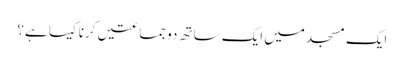
ایک مسجد میں ایک ساتھ دو جماعتیں کرنا کیسا ہے؟